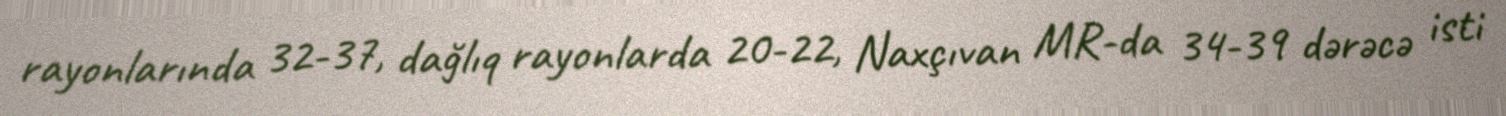
rayonlarında 32-37, dağlıq rayonlarda 20-22, Naxçıvan MR-da 34-39 dərəcə isti